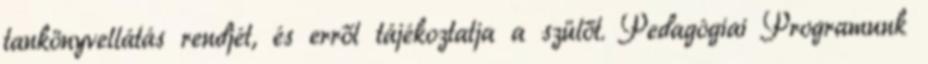
tankönyvellátás rendjét, és erről tájékoztatja a szülőt. Pedagógiai Programunk